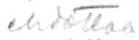
ehdottaa